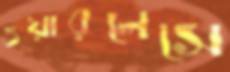
ওয়ারলেসে